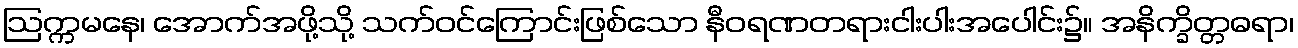
ဩက္ကမနေ၊ အောက်အဖို့သို့ သက်ဝင်ကြောင်းဖြစ်သော နီဝရဏတရားငါးပါးအပေါင်း၌။ အနိက္ခိတ္တဓရာ၊